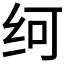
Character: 𰬂